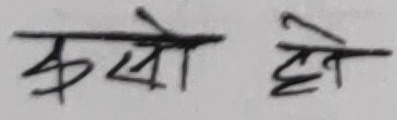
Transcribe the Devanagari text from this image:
कसो हो